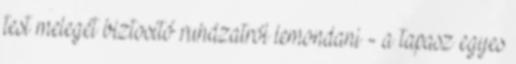
test melegét biztosító ruházatról lemondani - a tapasz egyes